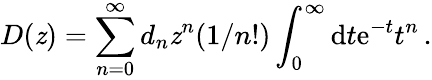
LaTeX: D(\mathit{z})=\sum_{n=0}^{\infty}d_{n}\mathit{z}^{n}(1/n!)\int_{0}^{\infty}\mathrm{{d}}t\mathrm{{e}}^{-t}t^{n}\, .